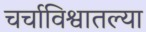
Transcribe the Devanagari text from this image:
चर्चाविश्वातल्या